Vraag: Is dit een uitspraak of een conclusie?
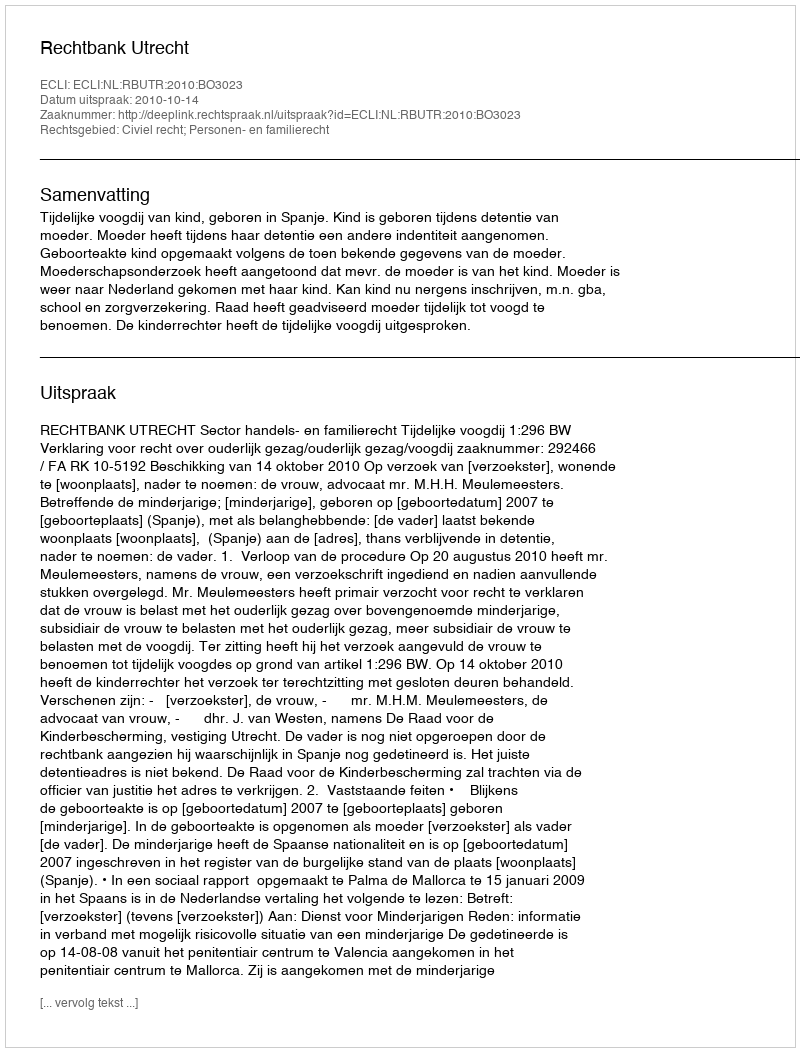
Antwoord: Uitspraak